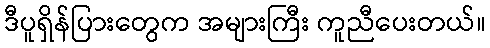
ဒီပူရှိန်ပြားတွေက အများကြီး ကူညီပေးတယ်။